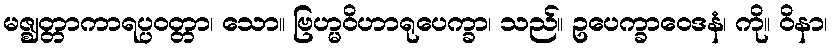
မဇ္ဈတ္တာကာရပ္ပဝတ္တာ၊ သော။ ဗြဟ္မဝိဟာရုပေက္ခာ၊ သည်။ ဥပေက္ခာဝေဒနံ၊ ကို။ ဝိနာ၊